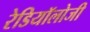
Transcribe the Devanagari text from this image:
रेडियॉलोजी